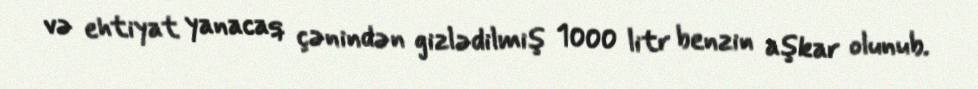
və ehtiyat yanacaq çənindən gizlədilmiş 1000 litr benzin aşkar olunub.